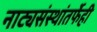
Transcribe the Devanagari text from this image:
नाट्यसंस्थांतर्फेही